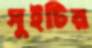
সুইটির